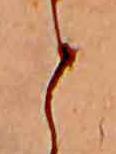
と